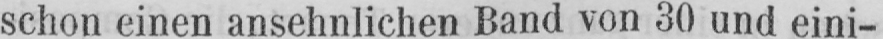
schon einen ansehnlichen Band von 30 und eini-